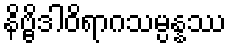
နိဗ္ဗိဒါဝိရာဂသမ္ပန္နဿ